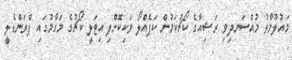
މައުލޫމާތު މުއްސަނދިވި ރަޝިއާގެ ކޯޗުކަމުން ކަޕެއްލޯ ވަކިކޮށްފި އިޓަލީ ކޯޗުގެ މަގާމުގައި ޕްރަންޑެލީ